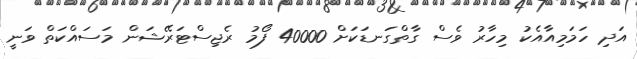
އަދި ހަމަމިއާއެކު މިހާރު ވެސް ގާތްގަނޑަކަށް 40000 ފޯމު ރެޖިސްޓަރޭޝަން މަސައްކަތް ވަނީ